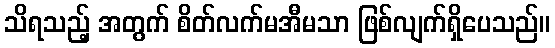
သိရသည့် အတွက် စိတ်လက်မအီမသာ ဖြစ်လျက်ရှိပေသည်။